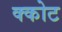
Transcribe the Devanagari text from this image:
क्कोट